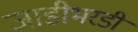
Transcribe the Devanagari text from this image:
जाडीभरडी